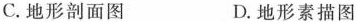
C. 地形剖面图 D. 地形素描图